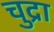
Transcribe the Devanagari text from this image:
चुद्रा